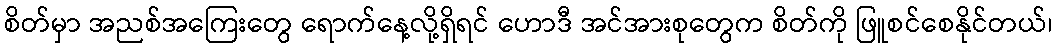
စိတ်မှာ အညစ်အကြေးတွေ ရောက်နေ့လို့ရှိရင် ဟောဒီ အင်အားစုတွေက စိတ်ကို ဖြူစင်စေနိုင်တယ်၊